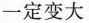
一定变大